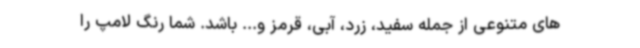
های متنوعی از جمله سفید، زرد، آبی، قرمز و... باشد. شما رنگ لامپ را